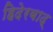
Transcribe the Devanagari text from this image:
हिदेरबाद्